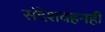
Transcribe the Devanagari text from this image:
संदेशवहनही